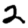
Digit: 2